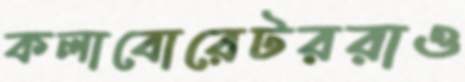
কলাবোরেটররাও